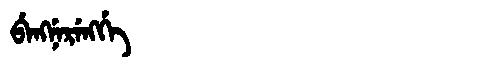
Manchu: ᠪᡝᠩᠨᡝᡵᡝᠩᡤᡝ
Romanization: BENGNERENGGE